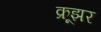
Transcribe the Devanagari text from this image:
क्रूझर